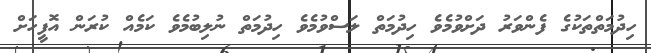
ހިދުމަތްތަކުގެ ފެންވަރު ދަށްވުމެވެ ހިދުމަތް ލަސްވުމެވެ ހިދުމަތް ނުލިބުމެވެ ކަމެއް ކުރަން އޮފީހަށް